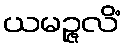
ယမဉ္ဇလိံ